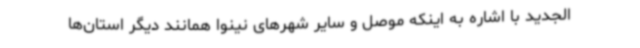
الجدید با اشاره به اینکه موصل و سایر شهرهای نینوا همانند دیگر استان‌ها